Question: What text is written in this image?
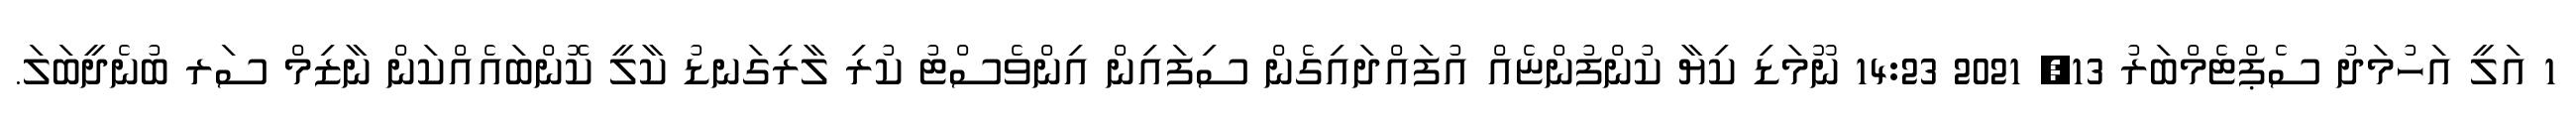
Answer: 1 އަލީ އަހުމަދު ސެޕްޓެމްބަރު 13, 2021 14:23 ނޫމަޑި ކިޔާ ކުންފުންޏެއް އުފައްދައިގެން ސިފައިން އިންވެސްޓު ކުރި ލާރިގަނޑު ކާލީ ކޮންބައެއްކަން ނާޒިމް ސަރ ބުނެދީބަލަ.